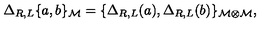
\Delta _ { R , L } \{ a , b \} _ { { \cal M } } = \{ \Delta _ { R , L } ( a ) , \Delta _ { R , L } ( b ) \} _ { { \cal M \otimes } { \cal M } } ,